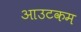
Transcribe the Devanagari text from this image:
आउटकम